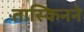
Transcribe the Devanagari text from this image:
तास्किनने